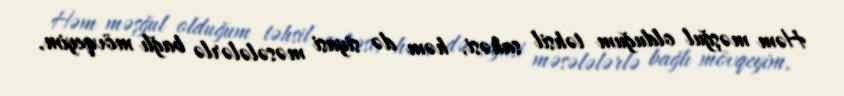
Həm məşğul olduğum təhsil sahəsi, həm də siyasi məsələlərlə bağlı mövqeyim,